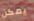
يمكن